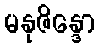
မနုဇိန္ဒော